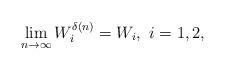
LaTeX: \begin{align*} \lim_{n\to\infty} W_i^{\delta(n)}=W_i,~i=1,2,\end{align*}